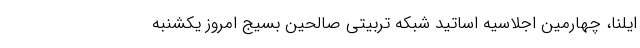
ایلنا، چهارمین اجلاسیه اساتید شبکه تربیتی صالحین بسیج امروز یکشنبه